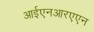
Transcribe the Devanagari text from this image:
आईएनआरएएन